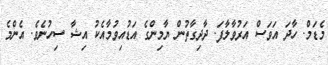
މެޑަމް. ހާދަ އަވަސް އަރުވާލާފަ. ދާދިގާތުން ޔާމިންގެ އަޑުއިވުމާއެކު އިޝާ ސިހުނެވެ. އެންމެ